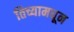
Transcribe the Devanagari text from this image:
तिच्यामधून